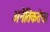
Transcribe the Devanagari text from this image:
अनैतिकतेचा